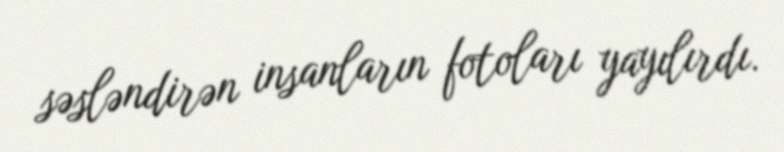
səsləndirən insanların fotoları yayılırdı.